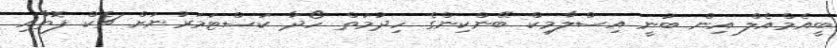
ބީއެމްއެލް އިން ބުނީ އިސްލާމިކް ބޭންކިންގެ ހިދުމަތް ހޯދާ ކަސްޓަމަރުނަށް ޗެކް ފޮތާއި